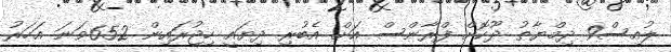
ލުއިސް9 ދިމްޔާޠު ދޫކޮށް ފްރާންސް އަށް އެބުރި ދިޔައީ ހިޖުރައިން 652ވަނަ އަހަރު